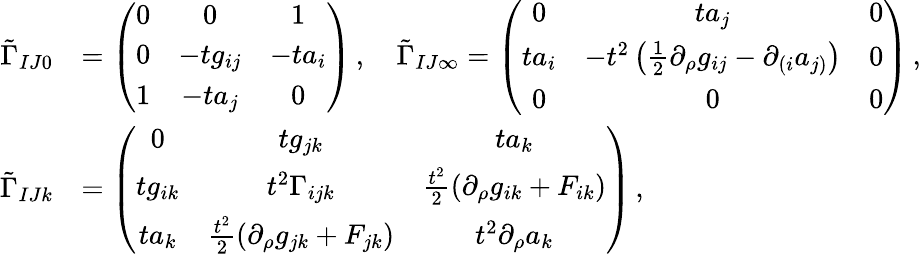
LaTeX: \begin{array}{rl}{\tilde{\Gamma}_{IJ0}}&{=\left(\begin{array}{ccc}{0}&{0}&{1}\\ {0}&{-tg_{ij}}&{-ta_{i}}\\ {1}&{-ta_{j}}&{0}\end{array}\right)\, ,\quad\tilde{\Gamma}_{IJ\infty}=\left(\begin{array}{ccc}{0}&{ta_{j}}&{0}\\ {ta_{i}}&{-t^{2}\left(\frac{1}{2}\partial_{\rho}g_{ij}-\partial_{(i}a_{j)}\right)}&{0}\\ {0}&{0}&{0}\end{array}\right)\, ,}\\ {\tilde{\Gamma}_{IJk}}&{=\left(\begin{array}{ccc}{0}&{tg_{jk}}&{ta_{k}}\\ {tg_{ik}}&{t^{2}\Gamma_{ijk}}&{\frac{t^{2}}{2}\left(\partial_{\rho}g_{ik}+F_{ik}\right)}\\ {ta_{k}}&{\frac{t^{2}}{2}\left(\partial_{\rho}g_{jk}+F_{jk}\right)}&{t^{2}\partial_{\rho}a_{k}}\end{array}\right)\, ,}\end{array}